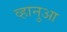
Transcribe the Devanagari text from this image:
व्हानुआ